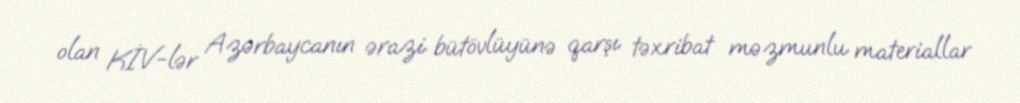
olan KİV-lər Azərbaycanın ərazi bütövlüyünə qarşı təxribat məzmunlu materiallar